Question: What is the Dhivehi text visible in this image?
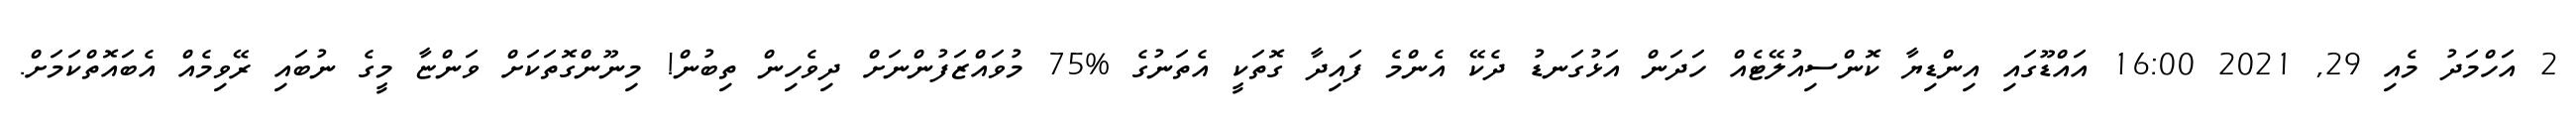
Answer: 2 އަހްމަދު މެއި 29, 2021 16:00 އައްޑޫގައި އިންޑިޔާ ކޮންސިއުލޭޓެއް ހަދަން އަޅުގަނޑު ދެކޭ އެންމެ ފައިދާ ގޮތަކީ އެތަނުގެ %75 މުވައްޒަފުންނަށް ދިވެހިން ތިބުން! މިނޫންގޮތަކަށް ވަންޏާ މީގެ ނުބައި ރޭވިމެއް އެބައޮތްކަމަށް.